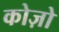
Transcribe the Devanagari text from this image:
कोज़ो